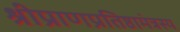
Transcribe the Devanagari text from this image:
श्रीप्राणप्रतिष्ठामंत्रस्य